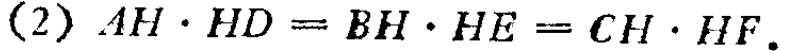
\((2)\) \(AH\cdot HD = BH\cdot HE = CH\cdot HF\)